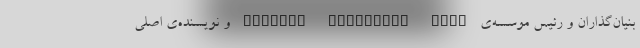
بنیان‌گذاران و رئیس موسسه‌ی Medical Detection Dogs و نویسنده‌ی اصلی